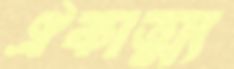
ঐকাত্ম্য